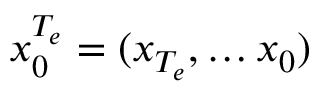
x _ { 0 } ^ { T _ { e } } = ( x _ { T _ { e } } , \dots x _ { 0 } )